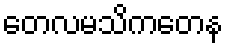
တေလမသိကတေန